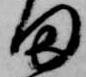
田